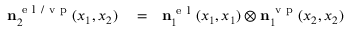
\begin{array} { r l r } { \ensuremath { \mathbf { n } } _ { 2 } ^ { \ensuremath { \mathrm { ~ e ~ l ~ } } / \ensuremath { \mathrm { ~ v ~ p ~ } } } ( x _ { 1 } , x _ { 2 } ) } & { { } = } & { \ensuremath { \mathbf { n } } _ { 1 } ^ { \ensuremath { \mathrm { ~ e ~ l ~ } } } ( x _ { 1 } , x _ { 1 } ) \otimes \ensuremath { \mathbf { n } } _ { 1 } ^ { \ensuremath { \mathrm { ~ v ~ p ~ } } } ( x _ { 2 } , x _ { 2 } ) } \end{array}